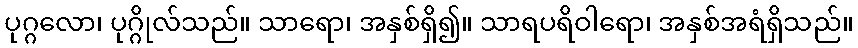
ပုဂ္ဂလော၊ ပုဂ္ဂိုလ်သည်။ သာရော၊ အနှစ်ရှိ၍။ သာရပရိဝါရော၊ အနှစ်အရံရှိသည်။